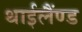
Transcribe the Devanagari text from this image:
थाईलैंण्ड